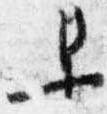
早